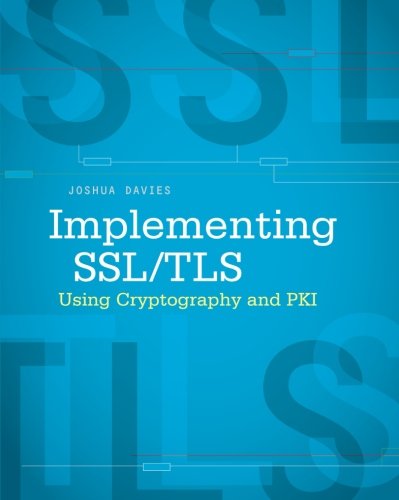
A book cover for Implementing SSL / TLS Using Cryptography and PKI; Joshua Davies; Computers & Technology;